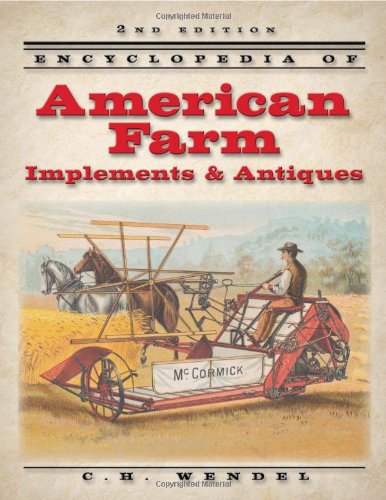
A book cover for Encyclopedia of American Farm Implements & Antiques; C H Wendel; Humor & Entertainment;